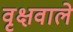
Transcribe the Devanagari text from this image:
वृक्षवाले